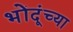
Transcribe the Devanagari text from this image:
भोंदूंच्या